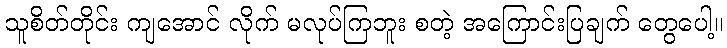
သူစိတ်တိုင်း ကျအောင် လိုက် မလုပ်ကြဘူး စတဲ့ အကြောင်းပြချက် တွေပေါ့။